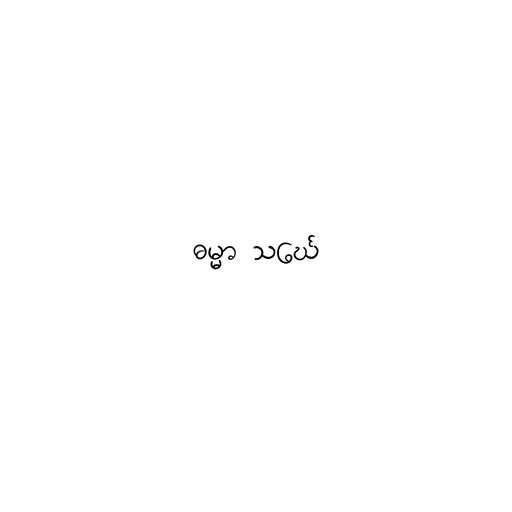
ဓမ္မာ သင်္ဃေ